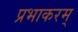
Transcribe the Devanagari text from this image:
प्रभाकरम्